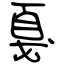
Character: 戛